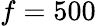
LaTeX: f=500